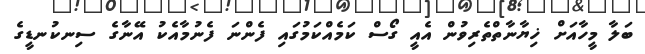
ބަލާ މީހާއަށް ޚިޔާނާތްތެރިވުން އެއީ ގޯސް ކަމެއްކަމުގައި ފެންނަ ފެނުމާއެކު އޭނާގެ ސިނކުނޑީގެ